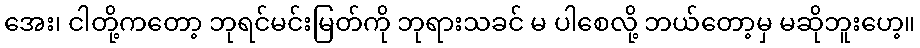
အေး၊ ငါတို့ကတော့ ဘုရင်မင်းမြတ်ကို ဘုရားသခင် မ ပါစေလို့ ဘယ်တော့မှ မဆိုဘူးဟေ့။